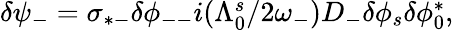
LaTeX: \begin{array}{r}{\delta\psi_{-}=\sigma_{*-}\delta\phi_{--}i(\Lambda_{0}^{s}/2\omega_{-})D_{-}\delta\phi_{s}\delta\phi_{0}^{*},}\end{array}